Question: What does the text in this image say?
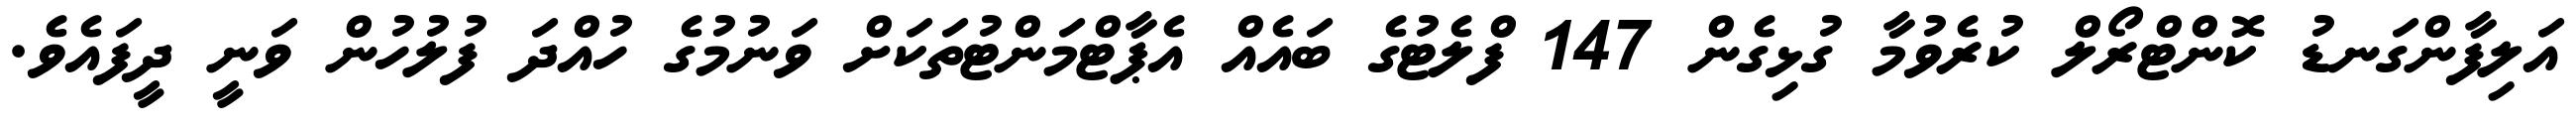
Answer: އަލިފާންގަނޑު ކޮންޓްރޯލް ކުރެވުމާ ގުޅިގެން 147 ފްލެޓުގެ ބައެއް އެޕާޓްމަންޓުތަކަށް ވަނުމުގެ ހުއްދަ ފުލުހުން ވަނީ ދީފައެވެ.